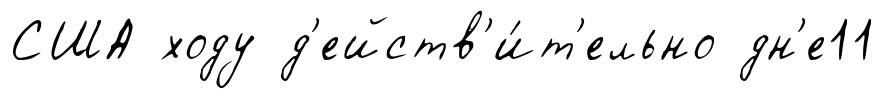
США ходу д'ейств'и́т'ельно дн'е11